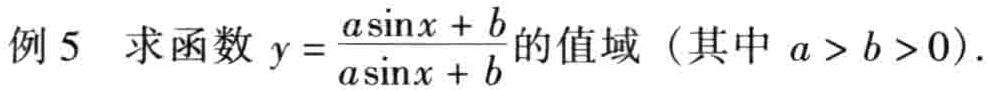
例 5  求函数 \(y = \frac{a\sin x + b}{a\sin x + b}\) 的值域（其中 \(a > b > 0\)）.